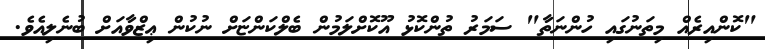
"ކޮންއިރެއް މިތަނުގައި ހުންނަތާ" ސަމަރު ތުންކޮޅު އޫކޮށްލަމުން ބެލްކަންޏަށް ނުކުން ޢިޒްވާއަށް ބުނެލިއެވެ.